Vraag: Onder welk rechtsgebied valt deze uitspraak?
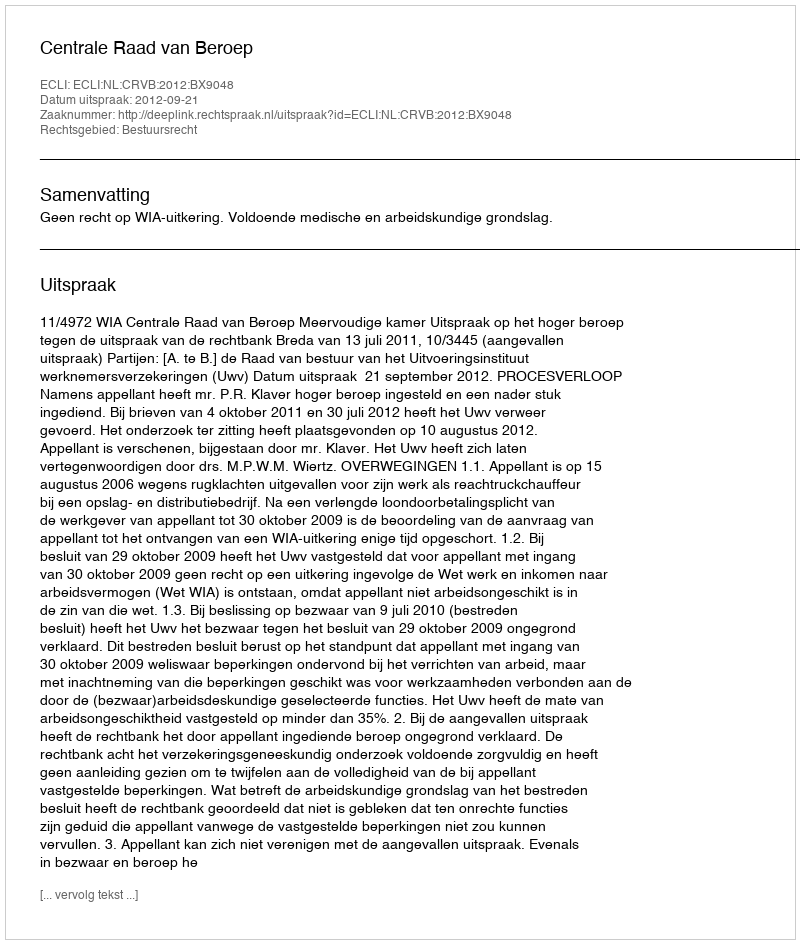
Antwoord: Bestuursrecht